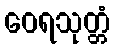
ဝေရသုတ္တံ